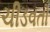
ચીડવતો